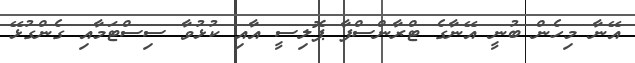
އޭނާ މިހެން ބުނީ އޭނާގެ ޓްރާންސްފާ ޕޮލިސީ އާއި ކުޅުވާ ސިސްޓަމާއި ގެންގުޅޭ